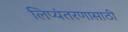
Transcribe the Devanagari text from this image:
लिप्यंतरणासाठी